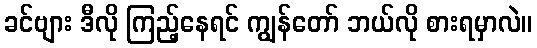
ခင်ဗျား ဒီလို ကြည့်နေရင် ကျွန်တော် ဘယ်လို စားရမှာလဲ။